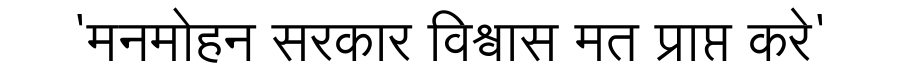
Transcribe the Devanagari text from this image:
'मनमोहन सरकार विश्वास मत प्राप्त करे'